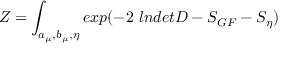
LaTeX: { \cal Z } = \int _ { a _ { \mu } , b _ { \mu } , \eta } e x p ( - 2 ~ l n d e t { \cal D } - S _ { G F } - S _ { \eta } )